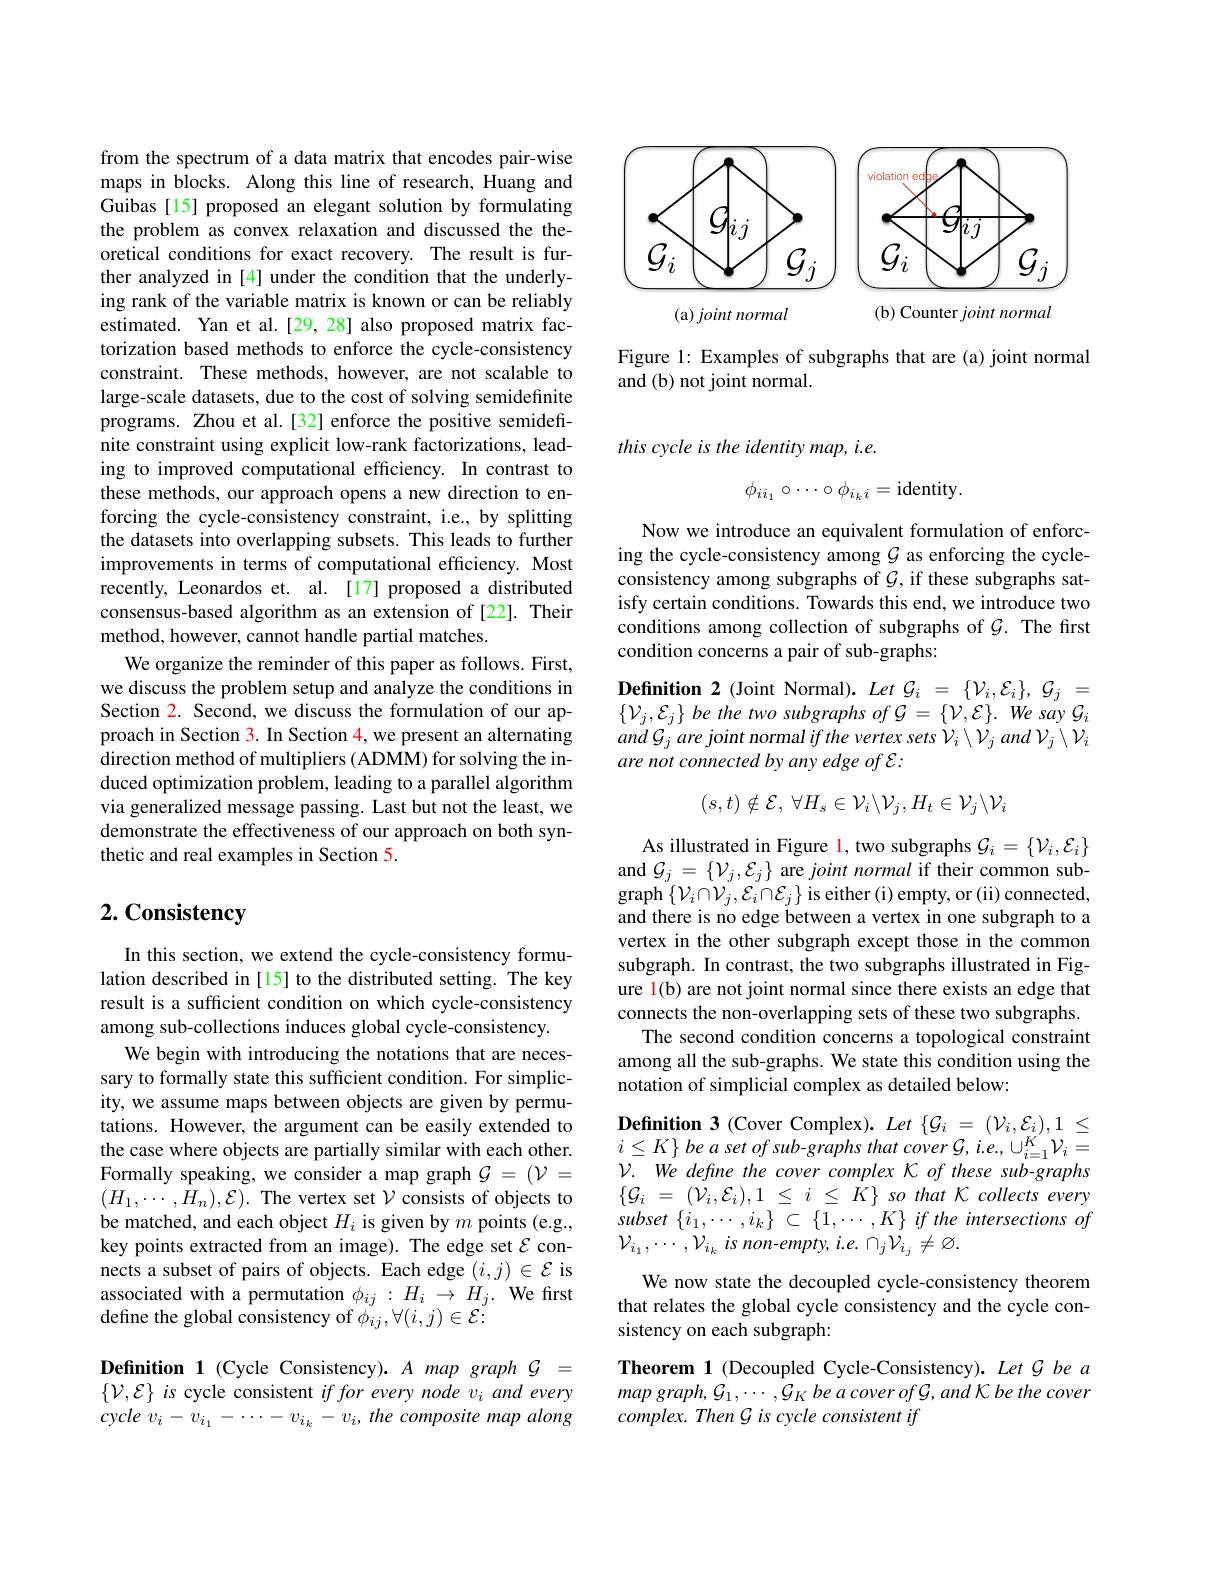
from the spectrum of a data matrix that encodes pair-wise maps in blocks. Along this line of research, Huang and Guibas [15] proposed an elegant solution by formulating the problem as convex relaxation and discussed the theoretical conditions for exact recovery. The result is further analyzed in [4] under the condition that the underlying rank of the variable matrix is known or can be reliably estimated. Yan et al.[29, 28] also proposed matrix factorization based methods to enforce the cycle-consistency constraint. These methods, however, are not scalable to large-scale datasets, due to the cost of solving semidefinite programs. Zhou et al.[32] enforce the positive semidefinite constraint using explicit low-rank factorizations, leading to improved computational efficiency. In contrast to these methods, our approach opens a new direction to enforcing the cycle-consistency constraint, i.e., by splitting the datasets into overlapping subsets. This leads to further improvements in terms of computational efficiency. Most recently, Leonardos et. al. [17] proposed a distributed consensus-based algorithm as an extension of [22]. Their method, however, cannot handle partial matches.
We organize the reminder of this paper as follows. First, we discuss the problem setup and analyze the conditions in Section 2. Second, we discuss the formulation of our approach in Section 3. In Section 4, we present an alternating direction method of multipliers (ADMM) for solving the induced optimization problem, leading to a parallel algorithm via generalized message passing. Last but not the least, we demonstrate the effectiveness of our approach on both synthetic and real examples in Section 5.

## $2. \textbf{Consistency}$

In this section, we extend the cycle-consistency formulation described in [15] to the distributed setting. The key result is a sufficient condition on which cycle-consistency among sub-collections induces global cycle-consistency.
We begin with introducing the notations that are necessary to formally state this sufficient condition. For simplicity, we assume maps between objects are given by permutations. However, the argument can be easily extended to the case where objects are partially similar with each other. Formally speaking, we consider a map graph $\mathcal{G}=(\mathcal{V}=$ $(H_{1},\cdots,H_{n}),\mathcal{E}).$ The vertex set $\mathcal{V}$ consists of objects to be matched, and each object $H_i$ is given by $m$ points (e.g., key points extracted from an image). The edge set $\mathcal{E}$ connects a subset of pairs of objects. Each edge $(i,j)\in\mathcal{E}$ is associated with a permutation $\phi_{ij}:H_i\to H_j.$ We first define the global consistency of $\phi_{ij},\forall(i,j)\in\mathcal{E}:$

Definition 1(Cycle Consistency).AmapgraphG= $\{\mathcal{V},\mathcal{E}\}$ is cycle consistent $if\textit{for every node v}_i$ and every cycle $v_i-v_{i_1}-\cdots-v_{i_k}-v_i,the$ composite map along

<FigureHere>

Figure 1: Examples of subgraphs that are (a) joint normal
and (b) not joint normal.

this cycle is the identity map, i.e.
$$\phi_{ii_1}\circ\cdots\circ\phi_{i_ki}=\mathrm{identity}.$$
Now we introduce an equivalent formulation of enforcing the cycle-consistency among $G$ as enforcing the cycleconsistency among subgraphs of $\mathcal{G}$, if these subgraphs satisfy certain conditions. Towards this end, we introduce two conditions among collection of subgraphs of $\mathcal{G}.$ The first condition concerns a pair of sub-graphs:

$\textbf{Definition 2( Joint Normal) . Let }\mathcal{G} _{i}$ = $\{ \mathcal{V} _{i}, \mathcal{E} _{i}\} $, $\mathcal{G} _{j}$ = $\{\mathcal{V}_j,\mathcal{E}_j\}$ be the two subgraphs of G = $\{\mathcal{V},\mathcal{E}\}.$ We say G and Gj are joint normal if the vertex sets $\mathcal{V}_i\setminus\mathcal{V}_j$ and $\mathcal{V}_j\setminus\mathcal{V}_i$ are not connected by any edge of E:
$$(s,t)\notin\mathcal{E},\:\forall H_s\in\mathcal{V}_i\backslash\mathcal{V}_j,H_t\in\mathcal{V}_j\backslash\mathcal{V}_i$$
As illustrated in Figure l, two subgraphs $\mathcal{G}_i=\{\mathcal{V}_i,\mathcal{E}_i\}$ $\begin{array}{l}{\mathrm{and~}\mathcal{G}_{j}=\{\mathcal{V}_{j},\mathcal{E}_{j}\}\text{ are }joint\text{ normal if their common sub-}}\\{\mathrm{graph~}\{\mathcal{V}_{i}\cap\mathcal{V}_{j},\mathcal{E}_{i}\cap\mathcal{E}_{j}\}\text{ is either (i) empty, or (ii) connected,}}\\{\mathrm{graph~}\{\mathcal{V}_{i}\cap\mathcal{V}_{j},\mathcal{E}_{i}\cap\mathcal{E}_{j}\}\text{ is either (i) empty, or (ii) con}}\end{array}$ and there is no edge between a vertex in one subgraph to a vertex in the other subgraph except those in the common subgraph. In contrast, the two subgraphs illustrated in Figure l(b) are not joint normal since there exists an edge that connects the non-overlapping sets of these two subgraphs.
The second condition concerns a topological constraint among all the sub-graphs. We state this condition using the notation of simplicial complex as detailed below:

$\textbf{Definition 3( Cover Complex) . }Let$ $\{ \mathcal{G} _{i}$ = $( \mathcal{V} _{i}, \mathcal{E} _{i}) , 1$ $\leq$ $i\leq K\}\textit{be a set of sub-graphs that cover G, i.e, U}_{i=1}^{K^{\prime}}\mathcal{V}_{i}=$ $\mathcal{V} .$ $We\textit{ define the cover complex K of these sub- graphs}$ $\{ \mathcal{G} _{i}$ = $( \dot{\mathcal{V} } _{i}, \mathcal{E} _{i}) , 1$ $\leq$ $i$ $\leq$ $\dot{K} \}$ $so$ that $K$ collects every subset $\{ i_{1}, \cdots , i_{k}\}$ $\subset$ $\{ 1, \cdots , K\}$ $if$ the intersections $of$ $\mathcal{V}_{i_1},\cdots,\mathcal{V}_{i_k}$ is non-empty, i.e. $\cap_j\mathcal{V}_{i_j}\neq\varnothing.$

We now state the decoupled cycle-consistency theorem that relates the global cycle consistency and the cycle consistency on each subgraph:

Theorem 1 (Decoupled Cycle-Consistency). Let G be a $mapgraph,G_1,\cdots,\mathcal{G}_K$ be a cover of G, and K be the cover complex. Then G is cycle consistent if